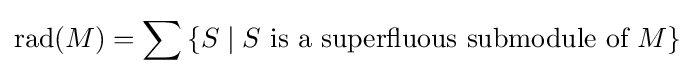
\mathrm {rad} (M)=\sum \,\{S\mid S{\mbox{ is a superfluous submodule of }}M\}